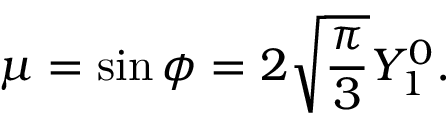
\mu = \sin \phi = 2 \sqrt { \frac { \pi } { 3 } } Y _ { 1 } ^ { 0 } .